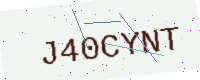
Text: J40CYNT